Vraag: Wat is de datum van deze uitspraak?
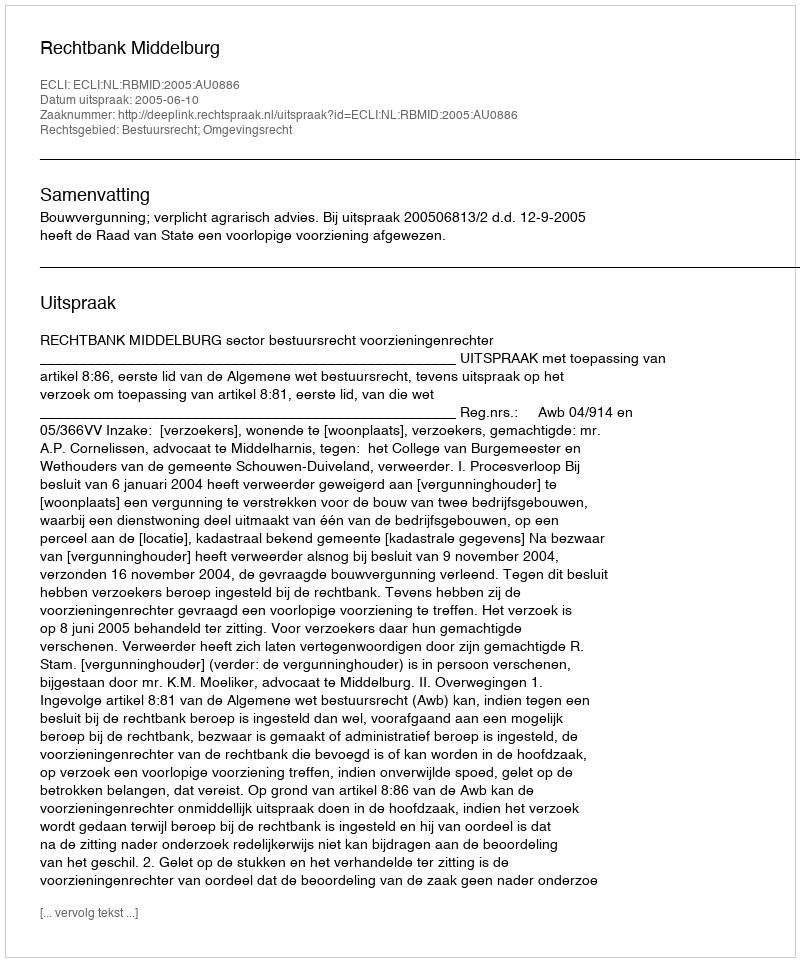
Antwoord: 2005-06-10